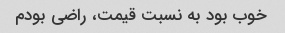
خوب بود به نسبت قیمت، راضی بودم